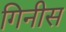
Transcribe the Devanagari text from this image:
गिनीस